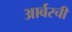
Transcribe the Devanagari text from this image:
आर्बरची